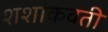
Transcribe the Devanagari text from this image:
शशांकवती